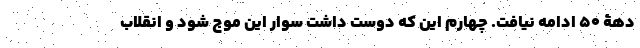
دهۀ 50 ادامه نیافت. چهارم این که دوست داشت سوار این موج شود و انقلاب